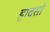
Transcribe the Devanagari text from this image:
हादरते